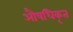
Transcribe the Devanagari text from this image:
औषधिकृत